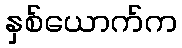
နှစ်ယောက်က